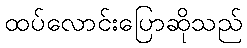
ထပ်လောင်းပြောဆိုသည်